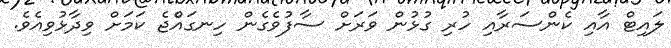
ލައިޓް އާއި ކެންސަރާއި ހުރި ގުޅުން ވަރަށް ސާފުވެގެން ހިނގައްެޖެ ކަމަށް ވިދާޅުވިއެވެ.